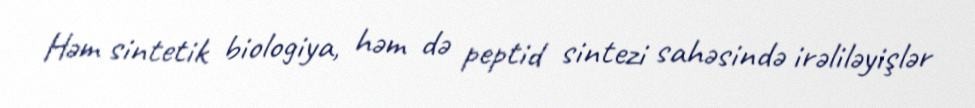
Həm sintetik biologiya, həm də peptid sintezi sahəsində irəliləyişlər